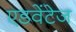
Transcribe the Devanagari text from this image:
एडवेंटेज